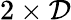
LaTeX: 2\times\mathcal{D}